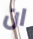
ان